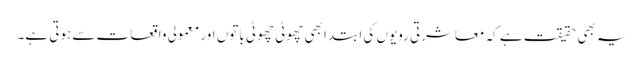
یہ بھی حقیقت ہے کہ معاشرتی رویوں کی ابتدا بھی چھوٹی چھوٹی باتوں اور معمولی واقعات سے ہوتی ہے۔